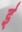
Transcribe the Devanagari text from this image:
र्इ